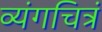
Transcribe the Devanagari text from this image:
व्यंगचित्रं